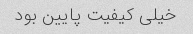
خیلی کیفیت پایین بود